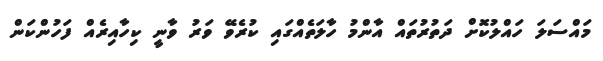
މައްސަލަ ހައްލުކޮށް ދަތުރުތައް އާންމު ހާލަތެއްގައި ކުރެވޭ ވަރު ވާނީ ކިހާއިރެއް ފަހުންކަން